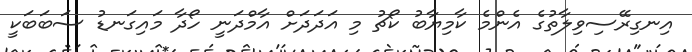
އިނގިރޭސިވިލާތުގެ އެންމެ ކާމިޔާބު ކޯޗު މި އަދަދަށް އާމްދަނީ ހޯދާ މައިގަނޑު ސަބަބަކީ